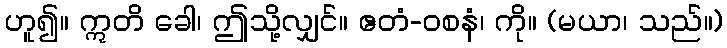
ဟူ၍။ ဣတိ ခေါ၊ ဤသို့လျှင်။ ဧတံ-ဝစနံ၊ ကို။ (မယာ၊ သည်။)